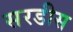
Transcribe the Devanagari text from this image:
सरडीस